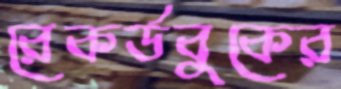
রেকর্ডবুকের